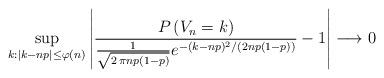
LaTeX: \begin{align*} \sup_{k: |k-np| \leq\varphi(n)} \left|\frac{P\left(V_n=k\right)}{\frac{1}{\sqrt{2\, \pi n p (1-p)}}e^{-(k-np)^2/(2np(1-p))}}-1\right| \longrightarrow 0\end{align*}